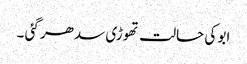
ابو کی حالت تھوڑی سدھر گئی ۔